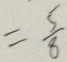
= \frac { 5 } { 8 }